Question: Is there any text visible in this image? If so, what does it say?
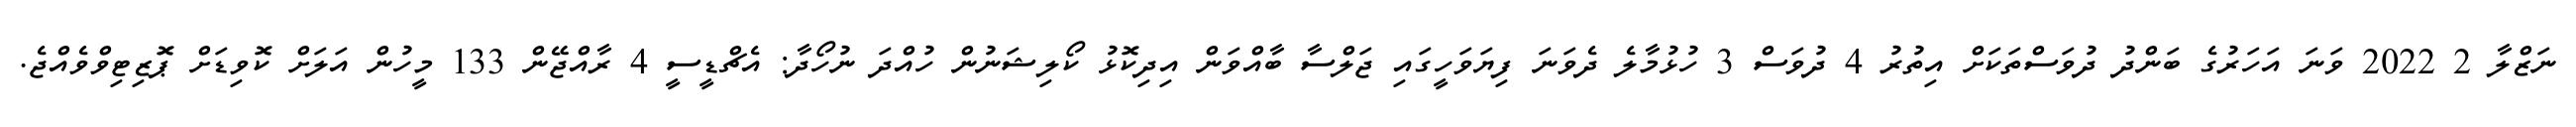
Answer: ނަޒްލާ 2 2022 ވަނަ އަހަރުގެ ބަންދު ދުވަސްތަކަށް އިތުރު 4 ދުވަސް 3 ހުޅުމާލެ ދެވަނަ ފިޔަވަހީގައި ޖަލްސާ ބާއްވަން އިދިކޮޅު ކޯލިޝަނުން ހުއްދަ ނުހޯދާ: އެޗްޑީސީ 4 ރާއްޖޭން 133 މީހުން އަލަށް ކޮވިޑަށް ޕަޮޒިޓިވްވެއްޖެ.